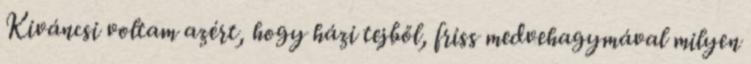
Kiváncsi voltam azért, hogy házi tejből, friss medvehagymával milyen